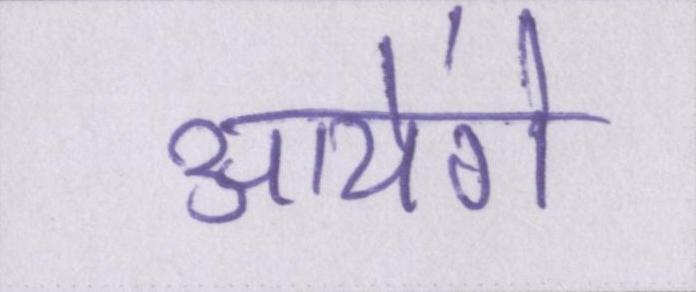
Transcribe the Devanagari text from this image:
आयेंगे